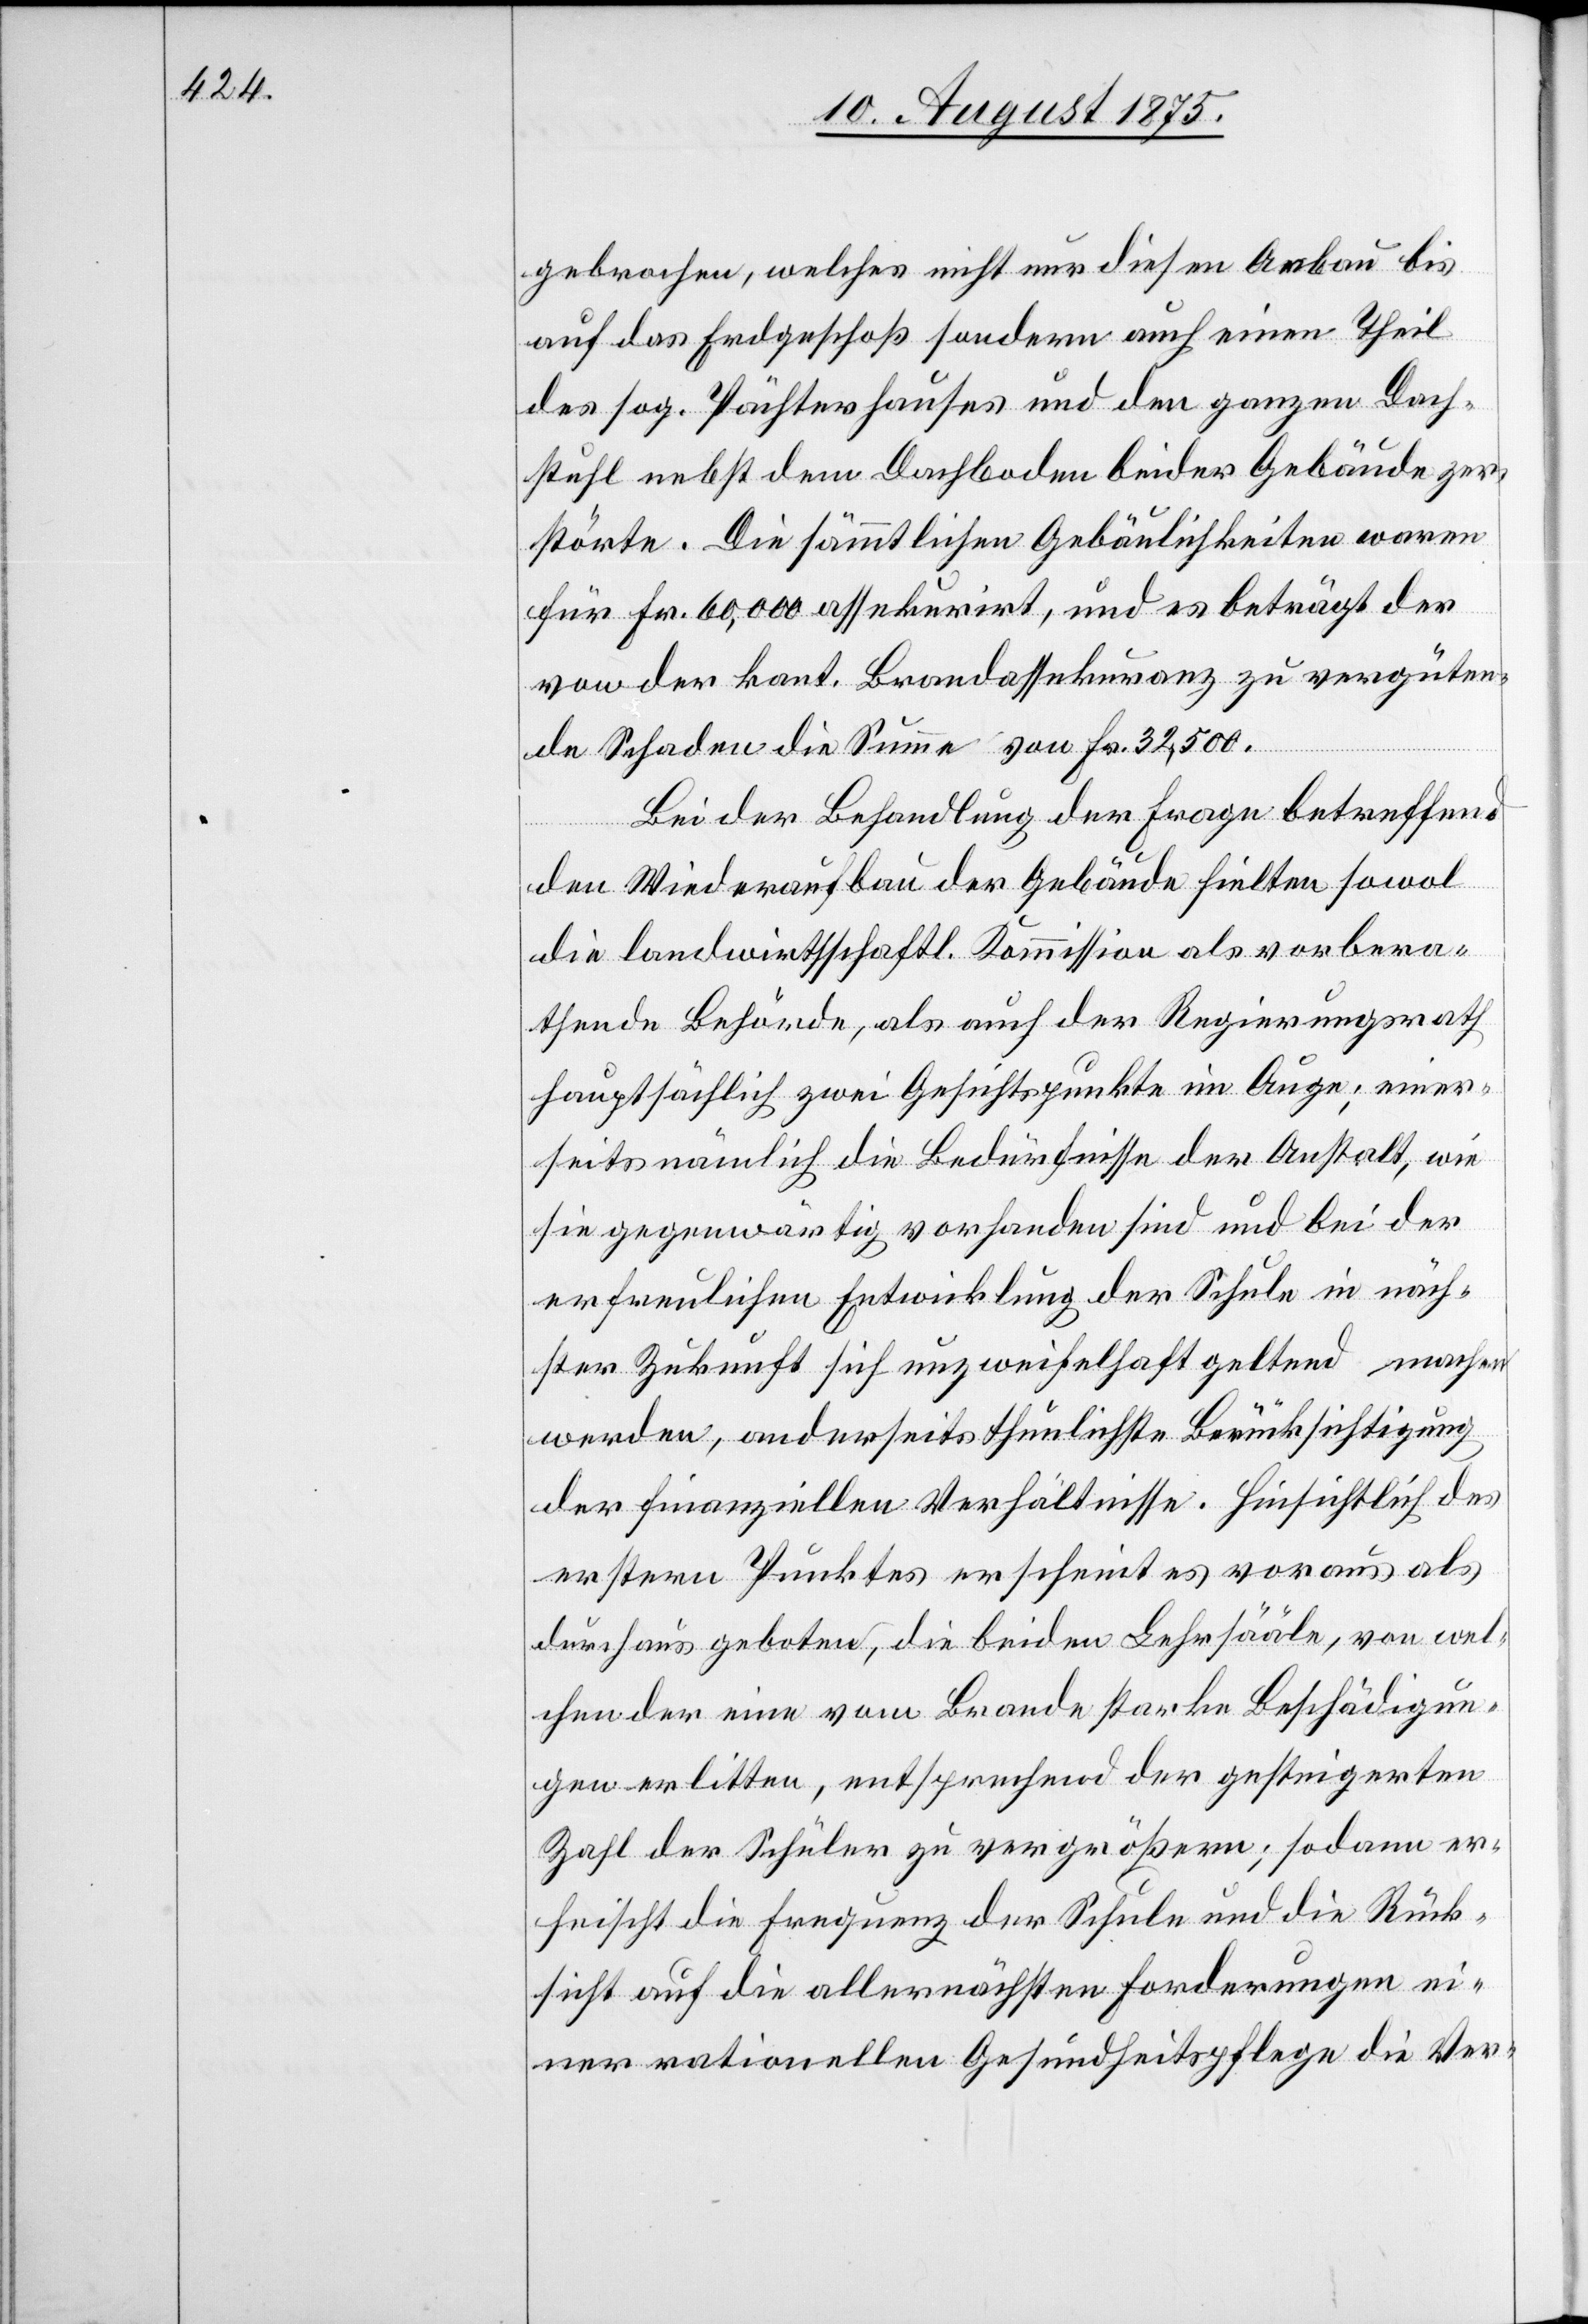
gebrochen, welches nicht nur diesen Anbau bis
auf das Erdgeschoß sondern auch einen Theil
des sog. Pächterhauses und den ganzen Dach¬
stuhl nebst dem Dachboden beider Gebäude zer¬
störte. Die sämmtlichen Gebäulichkeiten waren
für Fr. 60,000 assekurirt, und es beträgt der
von der kant. Brandassekuranz zu vergüten¬
de Schaden die Summe von Fr. 32,500.
Bei der Behandlung der Frage betreffend
den Wiederaufbau der Gebäude hielten sowol
die landwirthschftl. Kommission als vorbera¬
thende Behörde, als auch der Regierungsrath
hauptsächlich zwei Gesichtspunkte im Auge; einer¬
seits nämlich die Bedürfnisse der Anstalt, wie
sie gegenwärtig vorhanden sind und bei der
erfreulichen Entwicklung der Schule in näch¬
ster Zukunft sich unzweifelhaft geltend machen
werden, anderseits thunlichste Berücksichtigung
der finanziellen Verhältnisse. Hinsichtlich des
erstern Punktes erscheint es voraus als
durchaus geboten, die beiden Lehrsääle, von wel¬
chen der eine vom Brande starke Beschädigun¬
gen erlitten, entsprechend der gesteigerten
Zahl der Schüler zu vergrößern; sodann er¬
heischt die Frequenz der Schule und die Rück¬
sicht auf die allernächsten Forderungen ei¬
ner rationellen Gesundheitspflege die Ver-